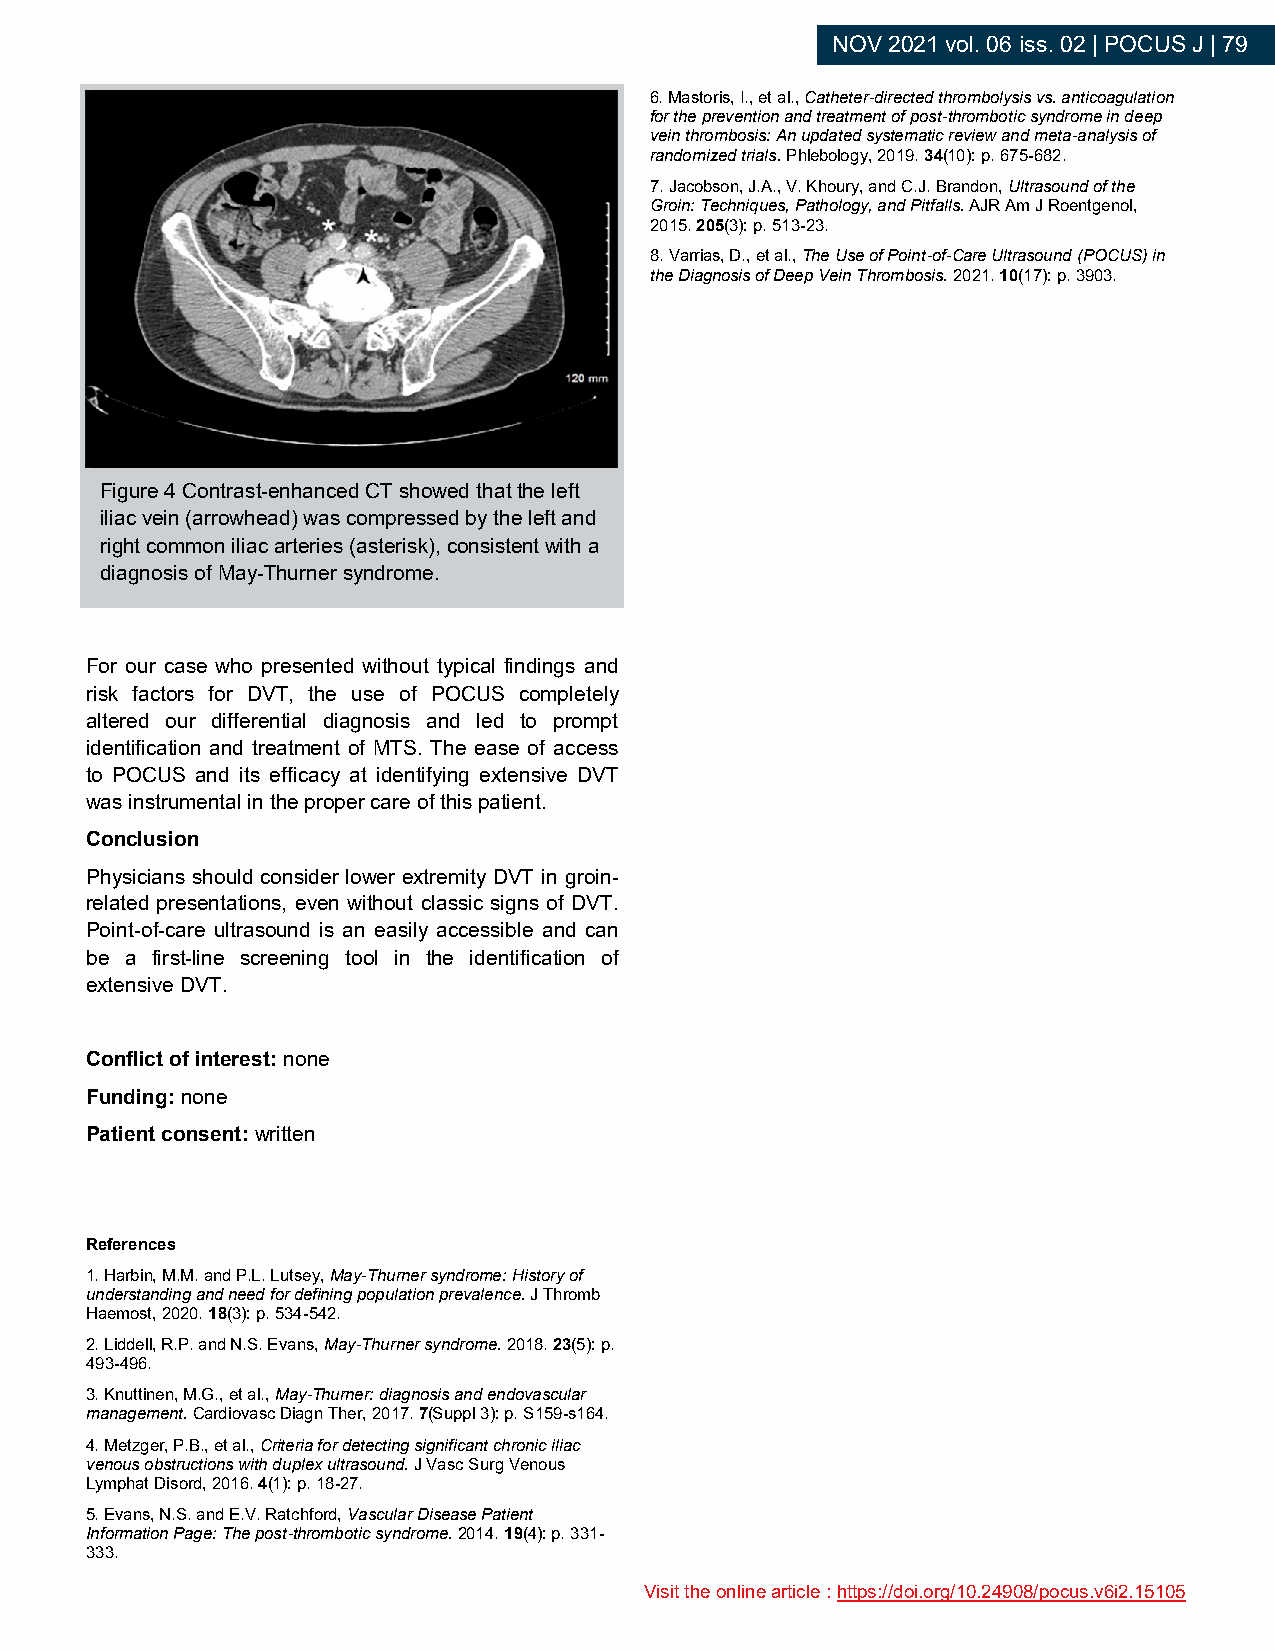
NOV 2021 vol. 06 iss. 02 | POCUS J | 79
 6. Mastoris, I., et al., Catheter-directed thrombolysis vs. anticoagulation
 for the prevention and treatment of post-thrombotic syndrome in deep
 vein thrombosis: An updated systematic review and meta-analysis of
 randomized trials. Phlebology, 2019. 34(10): p. 675-682.
 7. Jacobson, J.A., V. Khoury, and C.J. Brandon, Ultrasound of the
 Groin: Techniques, Pathology, and Pitfalls. AJR Am J Roentgenol,
 2015. 205(3): p. 513-23.
 8. Varrias, D., et al., The Use of Point-of-Care Ultrasound (POCUS) in
 the Diagnosis of Deep Vein Thrombosis. 2021. 10(17): p. 3903.
 Figure 4 Contrast-enhanced CT showed that the left
 iliac vein (arrowhead) was compressed by the left and
 right common iliac arteries (asterisk), consistent with a
 diagnosis of May-Thurner syndrome.
 For our case who presented without typical findings and
 risk factors for DVT, the use of POCUS completely
 altered our differential diagnosis and led to prompt
 identification and treatment of MTS. The ease of access
 to POCUS and its efficacy at identifying extensive DVT
 was instrumental in the proper care of this patient.
 Conclusion
 Physicians should consider lower extremity DVT in groin-
 related presentations, even without classic signs of DVT.
 Point-of-care ultrasound is an easily accessible and can
 be a first-line screening tool in the identification of
 extensive DVT.
 Conflict of interest: none
 Funding: none
 Patient consent: written
 References
 1. Harbin, M.M. and P.L. Lutsey, May-Thurner syndrome: History of
 understanding and need for defining population prevalence. J Thromb
 Haemost, 2020. 18(3): p. 534-542.
 2. Liddell, R.P. and N.S. Evans, May-Thurner syndrome. 2018. 23(5): p.
 493-496.
 3. Knuttinen, M.G., et al., May-Thurner: diagnosis and endovascular
 management. Cardiovasc Diagn Ther, 2017. 7(Suppl 3): p. S159-s164.
 4. Metzger, P.B., et al., Criteria for detecting significant chronic iliac
 venous obstructions with duplex ultrasound. J Vasc Surg Venous
 Lymphat Disord, 2016. 4(1): p. 18-27.
 5. Evans, N.S. and E.V. Ratchford, Vascular Disease Patient
 Information Page: The post-thrombotic syndrome. 2014. 19(4): p. 331-
 333.
 Visit the online article : https://doi.org/10.24908/pocus.v6i2.15105